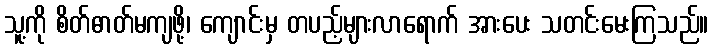
သူ့ကို စိတ်ဓာတ်မကျဖို့၊ ကျောင်းမှ တပည့်များလာရောက် အားပေး သတင်းမေးကြသည်။